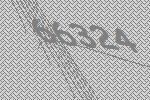
66324